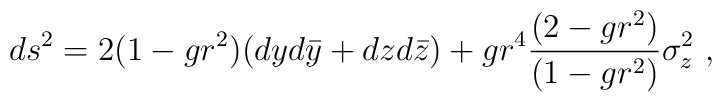
ds^2 = 2 (1 - gr^2 ) (dy d\bar y + dz d\bar z) + g r^4 {(2-gr^2)\over(1-gr^2)} \sigma_z^2\  ,